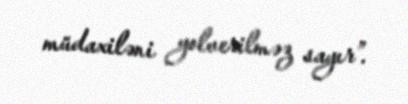
müdaxiləni yolverilməz sayır”.